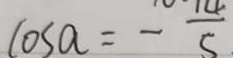
\cos a = - \frac { 1 4 } { 5 }